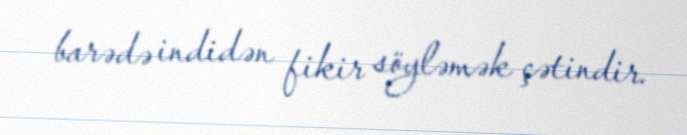
barədə indidən fikir söyləmək çətindir.